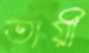
তায়ী